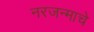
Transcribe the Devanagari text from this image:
नरजन्माचे